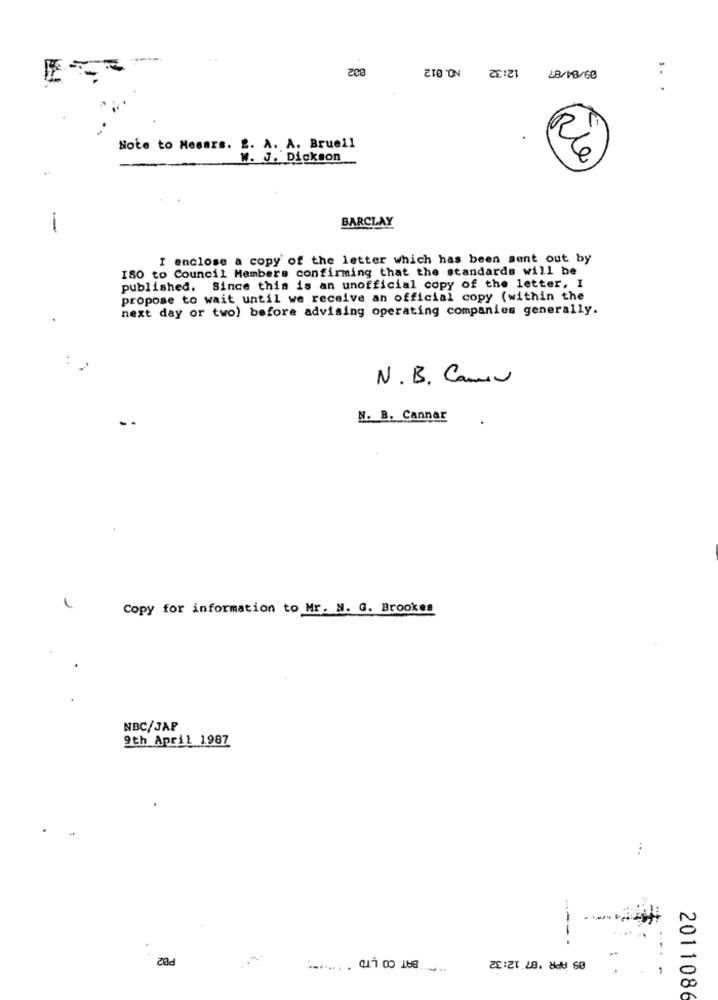
200
2TO211 8/18/60
.. .
Note to Mesars. 2. A. A. Brueil
W. J. Dickson
Rle
-
BARCLAY
I enclose a copy of the letter which has been sent out by
ISO to Council Members confirming that the standards will be
published. Since this is an unofficial copy of the letter, I
propose to wait until we receive an official copy (within the
next day or two) before advising operating companies generally.
N. B. Camen
N. B. Cannar
Copy for information to Mr. N. G. Brookes
NBC/JAP
9th April 1987
...
BAT CO LTD
09 APR '87 12:32
-
2011086